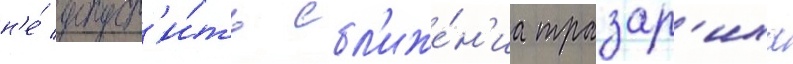
н'е́ допуст'и́ть сбл'иже́н'иа тразар'иха